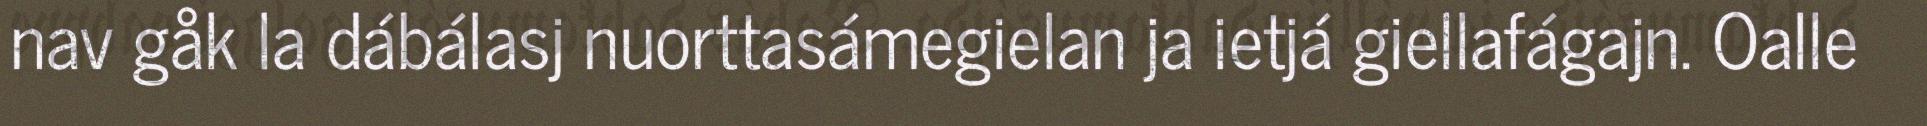
nav gåk la dábálasj nuorttasámegielan ja ietjá giellafágajn. Oalle